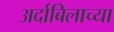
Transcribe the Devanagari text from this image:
अर्दाबिलाच्या